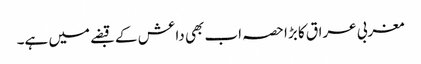
مغربی عراق کا بڑا حصہ اب بھی داعش کے قبضے میں ہے۔